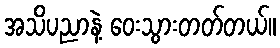
အသိပညာနဲ့ ဝေးသွားတတ်တယ်။